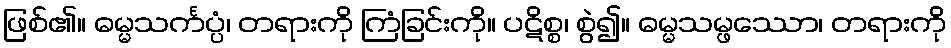
ဖြစ်၏။ ဓမ္မသင်္ကပ္ပံ၊ တရားကို ကြံခြင်းကို။ ပဋိစ္စ၊ စွဲ၍။ ဓမ္မသမ္ဖဿော၊ တရားကို